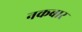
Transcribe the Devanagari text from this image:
नकबार